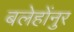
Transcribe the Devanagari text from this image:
बलेहोंनुर